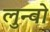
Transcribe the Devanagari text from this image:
लुन्वो